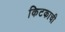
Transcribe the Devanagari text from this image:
किटकाची